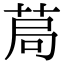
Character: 𦯃